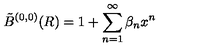
\tilde { B } ^ { ( 0 , 0 ) } ( R ) = 1 + \sum _ { n = 1 } ^ { \infty } \beta _ { n } x ^ { n }